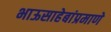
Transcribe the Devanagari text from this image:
भाऊसाहेबांप्रमाणे